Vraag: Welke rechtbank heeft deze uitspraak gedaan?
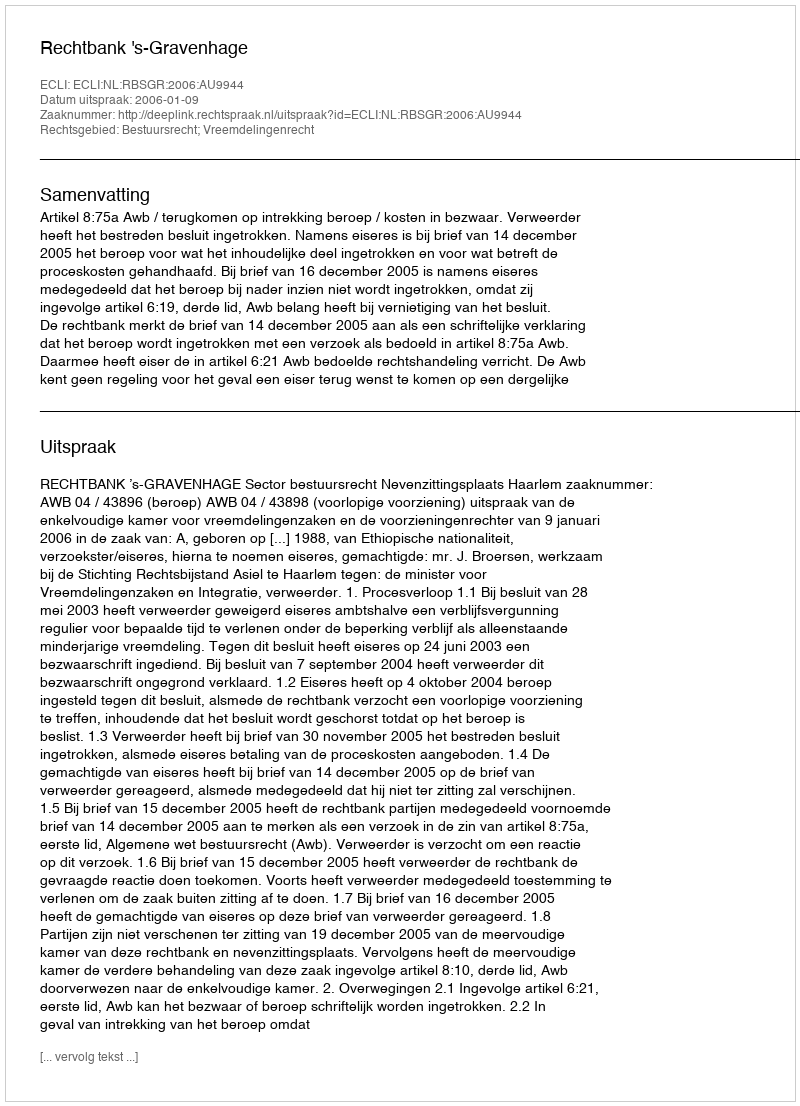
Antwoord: Rechtbank 's-Gravenhage